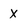
Character: X